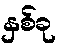
နှစ်ခု